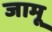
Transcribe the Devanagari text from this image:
जामू